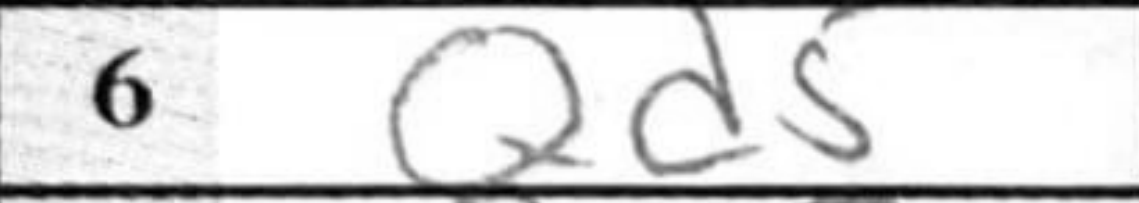
Transcription: Qd5